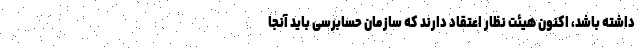
داشته باشد، اکنون هیئت نُظار اعتقاد دارند که سازمان حسابرسی باید آنجا